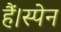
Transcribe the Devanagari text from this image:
हैं।स्पेन